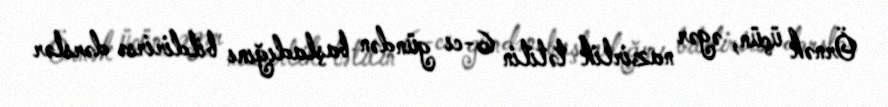
Örnək üçün, əgər nazirlik tətilin 6-cı gündən başladığını bildirirsə dərslər